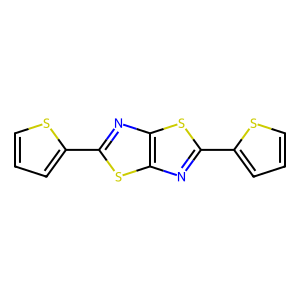
SMILES: c1csc(-c2nc3sc(-c4cccs4)nc3s2)c1
Inhibits HIV replication: No